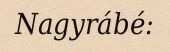
Nagyrábé: